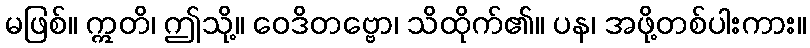
မဖြစ်။ ဣတိ၊ ဤသို့။ ဝေဒိတဗ္ဗော၊ သိထိုက်၏။ ပန၊ အဖို့တစ်ပါးကား။